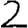
Digit: 2